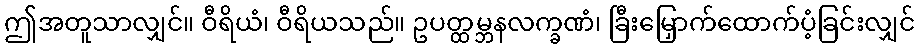
ဤအတူသာလျှင်။ ဝီရိယံ၊ ဝီရိယသည်။ ဥပတ္ထမ္ဘနလက္ခဏံ၊ ခြီးမြှောက်ထောက်ပံ့ခြင်းလျှင်